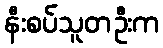
နီးစပ်သူတဦးက